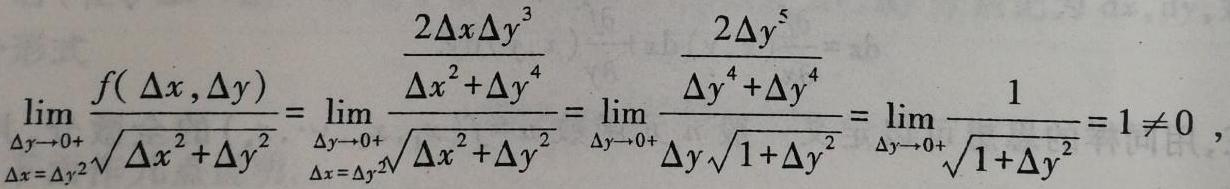
\[
\lim_{\substack{\Delta y\rightarrow0+\\\Delta x = \Delta y^{2}}}\frac{f(\Delta x,\Delta y)}{\sqrt{\Delta x^{2}+\Delta y^{2}}}=\lim_{\substack{\Delta y\rightarrow0+\\\Delta x = \Delta y^{2}}}\frac{\frac{2\Delta x\Delta y^{3}}{\Delta x^{2}+\Delta y^{4}}}{\sqrt{\Delta x^{2}+\Delta y^{2}}}=\lim_{\Delta y\rightarrow0+}\frac{\frac{2\Delta y^{5}}{\Delta y^{4}+\Delta y^{4}}}{\Delta y\sqrt{1+\Delta y^{2}}}=\lim_{\Delta y\rightarrow0+}\frac{1}{\sqrt{1+\Delta y^{2}}}=1\neq0
\]